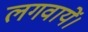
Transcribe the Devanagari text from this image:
लगवायें।